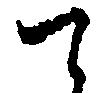
て